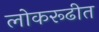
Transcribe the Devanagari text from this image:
लोकरूढीत